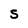
Character: S